Medical and sanitary report of the native army of Madras for the year
Year: 1877
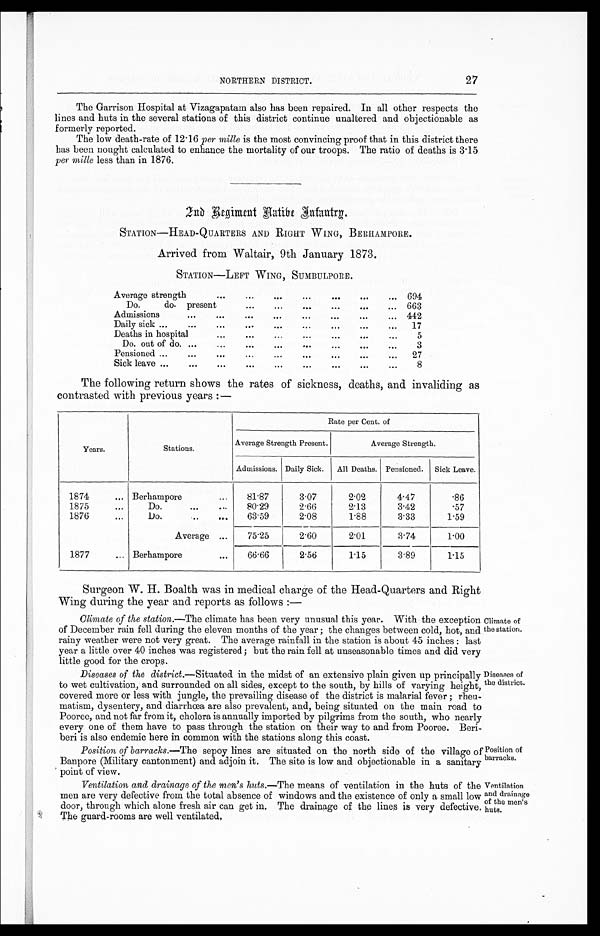
NORTHERN DISTRICT.
27
The Garrison Hospital at Vizagapatam also has been repaired. In all other respects the
lines and huts in the several stations of this district continue unaltered and objectionable as
formerly reported.
The low death-rate of 12·16 per mille is the most convincing proof that in this district there
has been nought calculated to enhance the mortality of our troops. The ratio of deaths is 3·15
per mille less than in 1876.
End Regiment Native Infantry.
STATION—HEAD-QUARTERS AND RIGHT WING, BERHAMPORE.
Arrived from Waltair, 9th January 1873.
STATION—LEFT WING, SUMBULPORE.
Average strength
694
Do. do. present
663
Admissions
442
Daily sick
17
Deaths in hospital
5
Do. out of do.
3
Pensioned
27
Sick leave
8
The following return shows the rates of sickness, deaths, and invaliding as
contrasted with previous years:—
Years.
Stations.
Rate per Cent. of
Average Strength Present.
Average Strength.
Admissions. Daily Sick. All Deaths. Pensioned. Sick Leave.
1874
Berhampore
81·87
3·07
2·02
4·47
·86
1875
Do.
80·29
2·66
2·13
3·42
·57
1876
Do.
63·59
2·08
1·88
3·33
1·59
A v e r a g e
75·25
2·60
2·01
3·74
1·00
1877
Berhampore
66·66
2·56
1·15
3·89
1 · 1 5
Surgeon W. H. Boalth was in medical charge of the Head-Quarters and Right
Wing during the year and reports as follows:
—
Climate of the station. —The climate has been very unusual this year. With the exception
of December rain fell during the eleven months of the year; the changes between cold, hot, and
rainy weather were not very great. The average rainfall in the station is about 45 inches: last
year a little over 40 inches was registered; but the rain fell at unseasonable times and did very
little good for the crops.
Diseases of the district.—Situated in the midst of an extensive plain given up principally
to wet cultivation, and surrounded on all sides, except to the south, by hills of varying height
covered more or less with jungle, the prevailing disease of the district is malarial fever; rheu
-matism, dysentery, and diarrhœa are also prevalent, and, being situated on the main road to
Pooree, and not far from it, cholera is annually imported by pilgrims from the south, who nearly
every one of them have to pass through the station on their way to and from Pooree Beri
-beri is also endemic here in common with the stations along this coast.
Climate of
the station.
Diseases of
the district.
Position of barracks. —The sepoy lines are situated on the north side of the village of
Banpore (Military cantonment) and adjoin it. The site is low and objectionable in a sanitary
point of view.
Ventilation and drainage of the men's huts. —The means of ventilation in the huts of the
men are very defective from the total absence of windows and the existence of only a small low
door, through which alone fresh air can get in. The drainage of the lines is very defective
The guard-rooms are well ventilated.
Position of
barracks.
V e n t i l a t i o n a n d d r a i n a g e o f t h e m e n ' s h u t s .